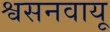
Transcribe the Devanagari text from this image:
श्वसनवायू